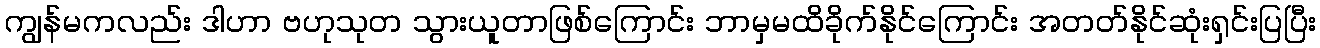
ကျွန်မကလည်း ဒါဟာ ဗဟုသုတ သွားယူတာဖြစ်ကြောင်း ဘာမှမထိခိုက်နိုင်ကြောင်း အတတ်နိုင်ဆုံးရှင်းပြပြီး